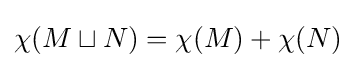
\chi (M\sqcup N)=\chi (M)+\chi (N)